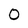
Character: O